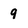
Character: 9